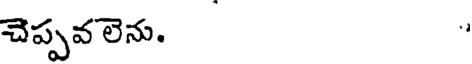
చెప్పవలెను.